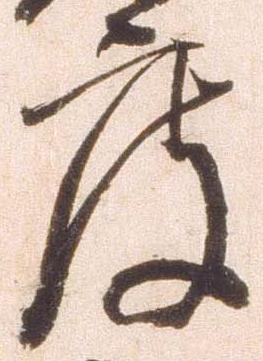
度